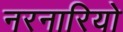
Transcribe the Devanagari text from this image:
नरनारियो